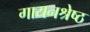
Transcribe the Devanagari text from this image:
गायनश्रेष्ठ